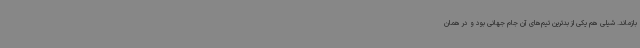
بازماند. شیلی هم یکی از بدترین تیم‌های آن جام جهانی بود و در همان